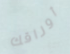
أوراقك